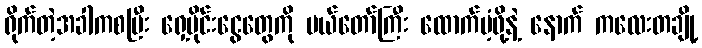
ရိုက်တဲ့အခါကစပြီး ရှေ့ပိုင်းငွေတွေကို မယ်တော်ကြီး ထောက်ပံ့ဖို့နဲ့ နောက် ကလေးတချို့